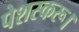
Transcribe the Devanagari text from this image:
पेशस्‍करू।